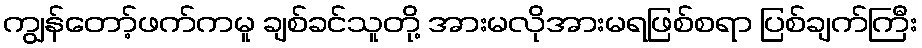
ကျွန်တော့်ဖက်ကမူ ချစ်ခင်သူတို့ အားမလိုအားမရဖြစ်စရာ ပြစ်ချက်ကြီး